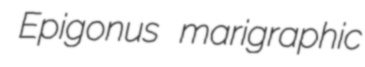
Epigonus marigraphic